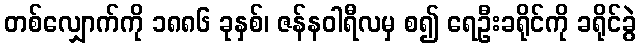
တစ်လျှောက်ကို ၁၈၈၆ ခုနှစ်၊ ဇန်နဝါရီလမှ စ၍ ရေဦးခရိုင်ကို ခရိုင်ခွဲ